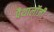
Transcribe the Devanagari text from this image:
पैथालॉजी